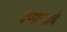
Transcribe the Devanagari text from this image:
देणाऱ्याचे